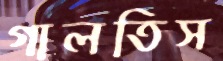
গালতিস